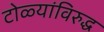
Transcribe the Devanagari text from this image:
टोळ्यांविरुद्ध